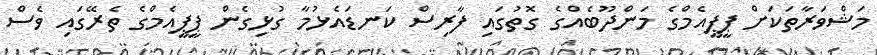
މަޝްވަރާތަކަށް ޕީޕީއެމްގެ މަންދޫބެއްގެ ގޮތުގައި ފާރިސް ކަނޑައެޅުމާ ގުޅިގެން ޕީޕީއެމްގެ ތެރޭގައި ވެސް